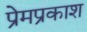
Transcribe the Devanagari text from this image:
प्रेमप्रकाश